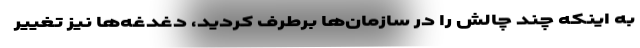
به اینکه چند چالش را در سازمان‌ها برطرف کردید، دغدغه‌ها نیز تغییر